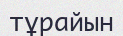
тұрайын